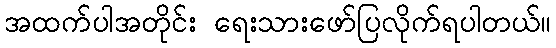
အထက်ပါအတိုင်း ရေးသားဖော်ပြလိုက်ရပါတယ်။